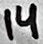
Text: 14